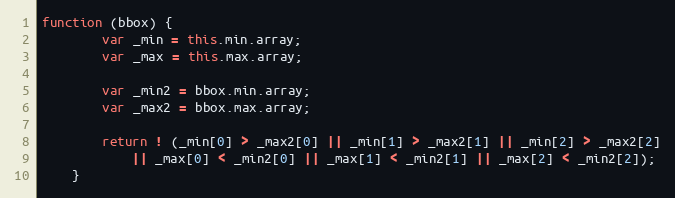
Language: JavaScript
function (bbox) {
        var _min = this.min.array;
        var _max = this.max.array;

        var _min2 = bbox.min.array;
        var _max2 = bbox.max.array;

        return ! (_min[0] > _max2[0] || _min[1] > _max2[1] || _min[2] > _max2[2]
            || _max[0] < _min2[0] || _max[1] < _min2[1] || _max[2] < _min2[2]);
    }